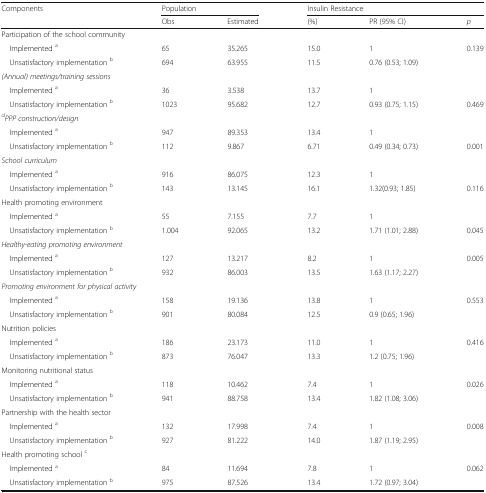
<table><thead><tr><td><b>Components</b></td><td colspan="2"><b>Population</b></td><td colspan="3"><b>Insulin Resistance</b></td></tr><tr><td></td><td><b>Obs</b></td><td><b>Estimated</b></td><td><b>(%)</b></td><td><b>PR (95% CI)</b></td><td><b><i>p</i></b></td></tr></thead><tbody><tr><td colspan="6">Participation of the school community</td></tr><tr><td> Implemented <sup>a</sup></td><td>65</td><td>35.265</td><td>15.0</td><td>1</td><td rowspan="2">0.139</td></tr><tr><td> Unsatisfactory implementation <sup>b</sup></td><td>694</td><td>63.955</td><td>11.5</td><td>0.76 (0.53; 1.09)</td></tr><tr><td colspan="6"><i>(Annual) meetings/training sessions</i></td></tr><tr><td> Implemented <sup>a</sup></td><td>36</td><td>3.538</td><td>13.7</td><td>1</td><td></td></tr><tr><td> Unsatisfactory implementation <sup>b</sup></td><td>1023</td><td>95.682</td><td>12.7</td><td>0.93 (0.75; 1.15)</td><td>0.469</td></tr><tr><td colspan="6"><sup>d</sup><i>PPP construction/design</i></td></tr><tr><td> Implemented <sup>a</sup></td><td>947</td><td>89.353</td><td>13.4</td><td>1</td><td></td></tr><tr><td> Unsatisfactory implementation <sup>b</sup></td><td>112</td><td>9.867</td><td>6.71</td><td>0.49 (0.34; 0.73)</td><td>0.001</td></tr><tr><td colspan="6"><i>School curriculum</i></td></tr><tr><td> Implemented <sup>a</sup></td><td>916</td><td>86.075</td><td>12.3</td><td>1</td><td></td></tr><tr><td> Unsatisfactory implementation <sup>b</sup></td><td>143</td><td>13.145</td><td>16.1</td><td>1.32(0.93; 1.85)</td><td>0.116</td></tr><tr><td colspan="6">Health promoting environment</td></tr><tr><td> Implemented <sup>a</sup></td><td>55</td><td>7.155</td><td>7.7</td><td>1</td><td></td></tr><tr><td> Unsatisfactory implementation <sup>b</sup></td><td>1.004</td><td>92.065</td><td>13.2</td><td>1.71 (1.01; 2.88)</td><td>0.045</td></tr><tr><td colspan="6"><i>Healthy-eating promoting environment</i></td></tr><tr><td> Implemented <sup>a</sup></td><td>127</td><td>13.217</td><td>8.2</td><td>1</td><td rowspan="2">0.005</td></tr><tr><td> Unsatisfactory implementation <sup>b</sup></td><td>932</td><td>86.003</td><td>13.5</td><td>1.63 (1.17; 2.27)</td></tr><tr><td colspan="6"><i>Promoting environment for physical activity</i></td></tr><tr><td> Implemented <sup>a</sup></td><td>158</td><td>19.136</td><td>13.8</td><td>1</td><td rowspan="2">0.553</td></tr><tr><td> Unsatisfactory implementation <sup>b</sup></td><td>901</td><td>80.084</td><td>12.5</td><td>0.9 (0.65; 1.96)</td></tr><tr><td colspan="6">Nutrition policies</td></tr><tr><td> Implemented <sup>a</sup></td><td>186</td><td>23.173</td><td>11.0</td><td>1</td><td rowspan="2">0.416</td></tr><tr><td> Unsatisfactory implementation <sup>b</sup></td><td>873</td><td>76.047</td><td>13.3</td><td>1.2 (0.75; 1.96)</td></tr><tr><td colspan="6">Monitoring nutritional status</td></tr><tr><td> Implemented <sup>a</sup></td><td>118</td><td>10.462</td><td>7.4</td><td>1</td><td rowspan="2">0.026</td></tr><tr><td> Unsatisfactory implementation <sup>b</sup></td><td>941</td><td>88.758</td><td>13.4</td><td>1.82 (1.08; 3.06)</td></tr><tr><td colspan="6">Partnership with the health sector</td></tr><tr><td> Implemented <sup>a</sup></td><td>132</td><td>17.998</td><td>7.4</td><td>1</td><td rowspan="2">0.008</td></tr><tr><td> Unsatisfactory implementation <sup>b</sup></td><td>927</td><td>81.222</td><td>14.0</td><td>1.87 (1.19; 2.95)</td></tr><tr><td colspan="6">Health promoting school <sup>c</sup></td></tr><tr><td> Implemented <sup>a</sup></td><td>84</td><td>11.694</td><td>7.8</td><td>1</td><td rowspan="2">0.062</td></tr><tr><td> Unsatisfactory implementation <sup>b</sup></td><td>975</td><td>87.526</td><td>13.4</td><td>1.72 (0.97; 3.04)</td></tr></tbody></table>